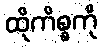
ထိုကိစ္စကို